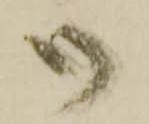
御